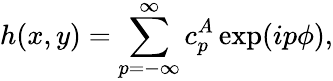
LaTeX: h(x,y)=\sum_{p=-\infty}^{\infty}c_{p}^{A}\exp(ip\phi),